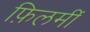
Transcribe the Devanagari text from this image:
फ़िलमीं